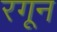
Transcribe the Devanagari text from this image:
रगून